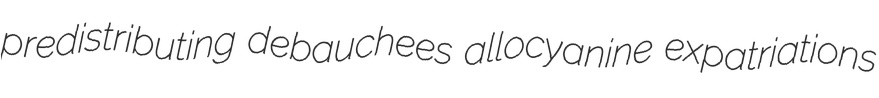
predistributing debauchees allocyanine expatriations